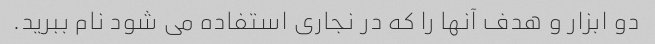
دو ابزار و هدف آنها را که در نجاری استفاده می شود نام ببرید.